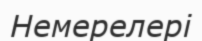
Немерелері